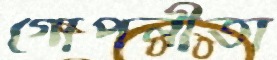
গোপনীতা